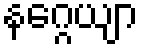
နဂ္ဂေယျာ